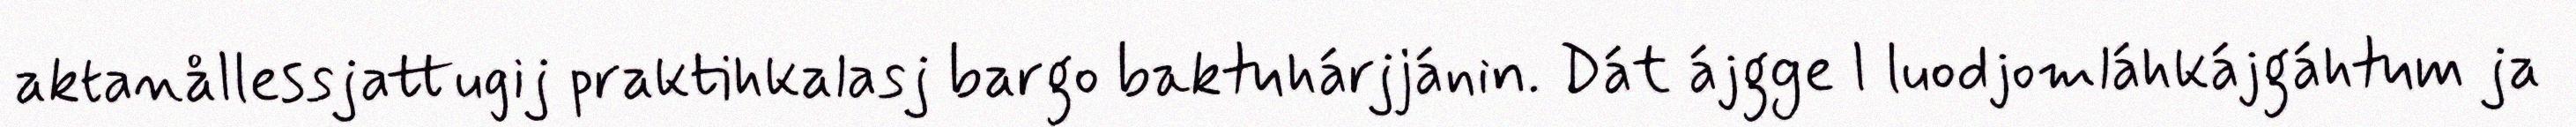
aktanållessjattugij praktihkalasj bargo baktuhárjjánin. Dát ájgge l luodjomláhkájgáhtum ja